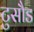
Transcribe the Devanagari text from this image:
टुसौड